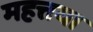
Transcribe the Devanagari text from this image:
महत्तया